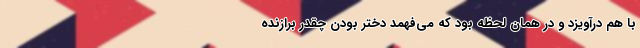
با هم درآویزد و در همان لحظه بود که می‌فهمد دختر بودن چقدر برازنده